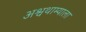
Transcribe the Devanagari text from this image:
अश्वथाम्याला